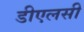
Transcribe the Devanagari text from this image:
डीएलसी